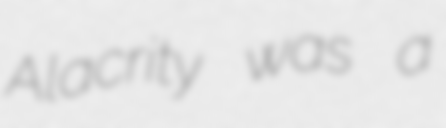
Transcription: Alacrity was a